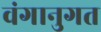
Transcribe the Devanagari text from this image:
वंगानुगत